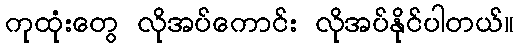
ကုထုံးတွေ လိုအပ်ကောင်း လိုအပ်နိုင်ပါတယ်။